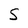
Character: S